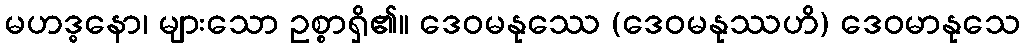
မဟဒ္ဓနော၊ များသော ဥစ္စာရှိ၏။ ဒေဝမနုဿေ (ဒေဝမနုဿဟိ) ဒေဝမာနုသေ